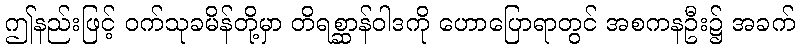
ဤနည်းဖြင့် ဝက်သုခမိန်တို့မှာ တိရစ္ဆာန်ဝါဒကို ဟောပြောရာတွင် အစကနဦး၌ အခက်